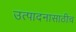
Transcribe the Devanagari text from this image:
उत्पादनासाठीच